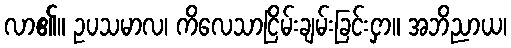
လာ၏။ ဥပသမာလ၊ ကိလေသာငြိမ်းချမ်းခြင်းငှာ။ အဘိညာယ၊